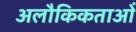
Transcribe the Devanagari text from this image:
अलौकिकताओं